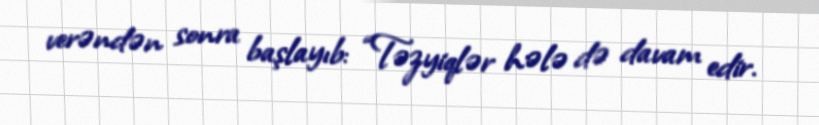
verəndən sonra başlayıb: “Təzyiqlər hələ də davam edir.